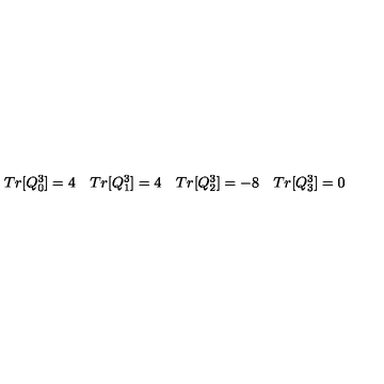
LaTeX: \left. \begin{array} { l l l l } { T r [ Q _ { 0 } ^ { 3 } ] = 4 } & { T r [ Q _ { 1 } ^ { 3 } ] = 4 } & { T r [ Q _ { 2 } ^ { 3 } ] = - 8 } & { T r [ Q _ { 3 } ^ { 3 } ] = 0 } \\ \end{array} \right.